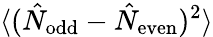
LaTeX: \langle(\hat{N}_{\mathrm{odd}}-\hat{N}_{\mathrm{even}})^{2}\rangle